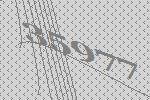
35977